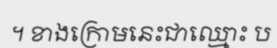
។ ខាងក្រោមនេះជាឈ្មោះ ប